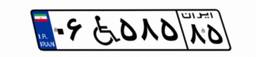
۶۵W۹۲۷۲۲